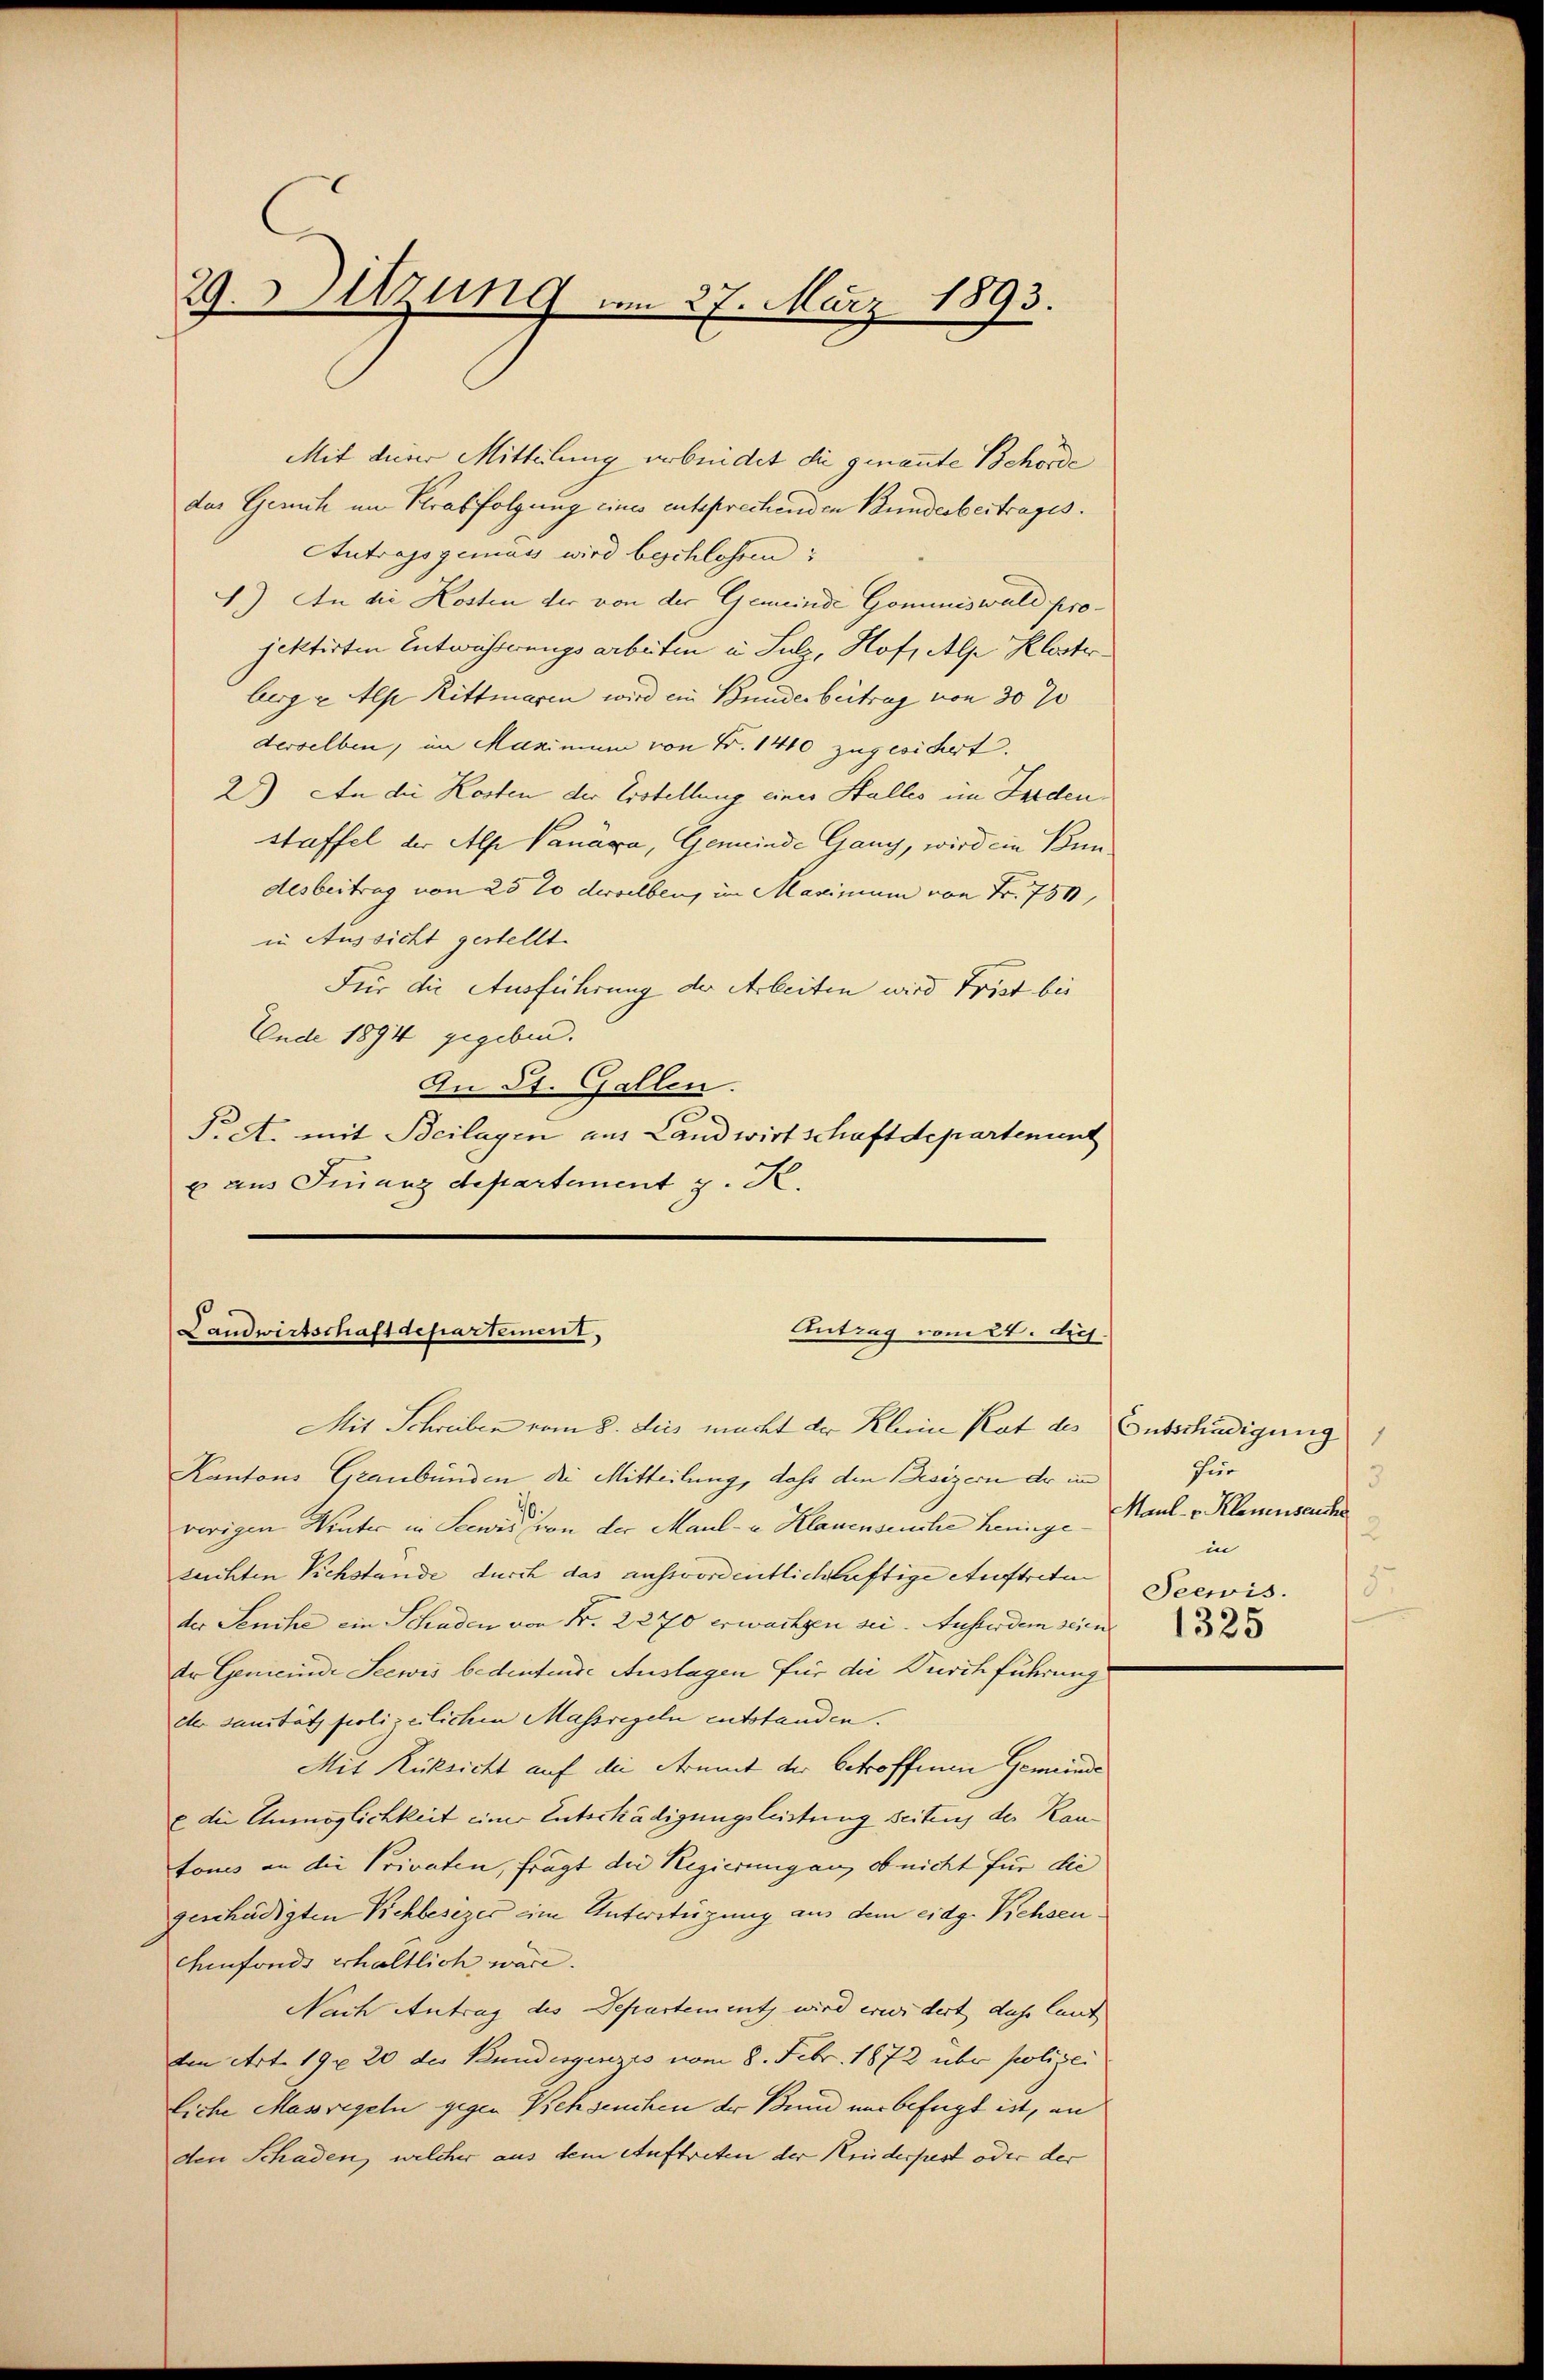
29. Sitzung am 27. März 1893.

Mit deiner Mitteilung arbeidet die genannte Behörde
das Gerich im Kerabfolgung eines entsprechenden Bunderbertrages.
Autragsgemäss wird beschlossen:
4.) An die Kosten der von der Gemeinde Gommiswald projektirten Entwichterungsarbeiten u Sulz, Hof, Alpe Klosterberg u Als Rittmaren wird ein Bunderbeitrag von 30 J
derselben, im Maximum von Fr. 1410 zugesidert.
2) An die Kosten der Erstellung einer Halles im Ferden,
staffel der Alpe Vanáva, Gemeinde Gang, wird ein Bundesbeitrag von 25 % derselben, im Maximum von Fr. 750,
in Aussicht gestellt.
Für die Ausführung der Arbeiten wird Frist bei
Ende 1894 gegeben.
An St. Gallen.
§. A. mit Beilagen aus Landwirtschaftdepartement
x aus Finanzdepartement S.

Landwirtschaft departement,
Antrag vom 24. dich.
Mit Schreiben vom 8. deis macht der Kleine Rat des Entschädigung

Kantons Graubünden die Mitteilung, dass den Besizern der in
vorigen Winter in Seewis von der Maul- u. Klauenseuche henige
zuchten Vichstande durch das außerordentlichhaftige Auftreten
der Senike ein Schaden von Fr. 2270 erwachsen sei. Ausser dem seien 32
dr Gemeinde Seewis bedeutende Auslagen für die Durchführung
dter sanität polizeilichen Massregeln entstanden.
Mit Rücksicht auf die Armut der betroffenen Gemeinde
E die Anmöglichkeit einer Entschädigungsleistung seitens der Rautonis an die Privaten, frägt die Regierungen, ob nicht für die
geschädigten Rehbesizer eine Unterstüzung aus dem eidg. Pichsenchenfonds erhältlich wäre.
Nach Antrag des Departement wird erwidert das laut
von Art. 198 20 des Bundesgesezis vom 8. Febr. 1872 über polizei
liche Massregeln gegen Behseuchen der Bund nur befügt ist, an
den Schaden, welcher aus dem Auftreten der Kreiderpest oder der

für
3
Maul- & Klauenseuche
2
in
5
Seewis